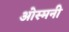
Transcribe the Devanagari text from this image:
ओस्मनी